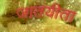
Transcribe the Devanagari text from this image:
जातयीता